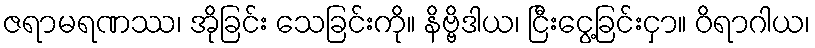
ဇရာမရဏဿ၊ အိုခြင်း သေခြင်းကို။ နိဗ္ဗိဒါယ၊ ငြီးငွေ့ခြင်းငှာ။ ဝိရာဂါယ၊